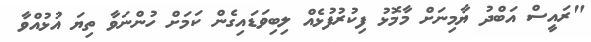
"ރައީސް އަބްދު ޔާމިނަށް މާމޮޅު ފިކުރުފުޅެއް ލިބިވަޑައިގެން ކަމަށް ހުންނަވާ ތިޔަ އުޅުއްވާ